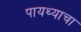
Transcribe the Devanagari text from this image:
पायथ्याचा